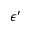
\epsilon ^ { \prime }